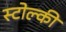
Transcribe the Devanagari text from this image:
स्टोल्की